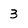
Character: 3